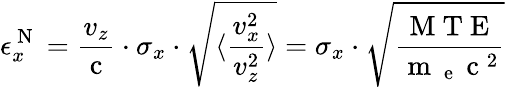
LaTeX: \epsilon_{x}^{\mathrm{~N~}}=\frac{v_{z}}{\mathrm{~c~}}\cdot\sigma_{x}\cdot\sqrt{\langle\frac{v_{x}^{2}}{v_{z}^{2}}\rangle}=\sigma_{x}\cdot\sqrt{\frac{\mathrm{~M~T~E~}}{\mathrm{~m~}_{\mathrm{~e~}}\mathrm{~c~}^{2}}}